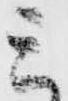
ミ